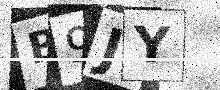
Text: B9JY